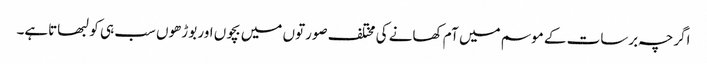
اگرچہ برسات کے موسم میں آم کھانے کی مختلف صورتوں میں بچوں اور بوڑھوں سب ہی کو لبھاتاہے۔